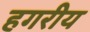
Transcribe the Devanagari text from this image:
हगरीय